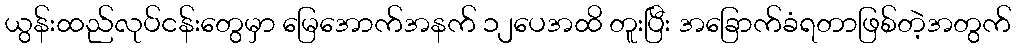
ယွန်းထည်လုပ်ငန်းတွေမှာ မြေအောက်အနက် ၁၂ပေအထိ တူးပြီး အခြောက်ခံရတာဖြစ်တဲ့အတွက်